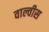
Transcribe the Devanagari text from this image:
वाल्वीस